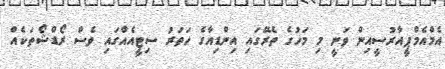
އެމްއެމްޕީއާރުސީއިން ވަނީ މި މަހުގެ ތެރޭގައި އިންޑިއާގެ ހަތަރު ސިޓީއެއްގައި ވެސް ރޯޑްޝޯތަކެއް